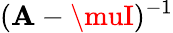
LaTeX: (\mathbf{A}-\muI)^{-1}